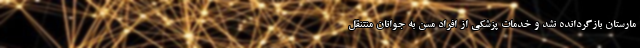
مارستان بازگردانده نشد و خدمات پزشکی از افراد مسن به جوانان منتنقل